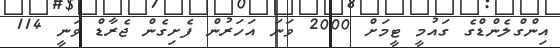
އިންގްލެންޑްގެ ގައުމީ ޓީމަށް 2000 ވަނަ އަހަރުން ފެށިގެން ޖެރާޑް ވަނީ 114